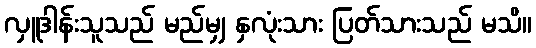
လှူဒါန်းသူသည် မည်မျှ နှလုံးသား ပြတ်သားသည် မသိ။